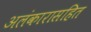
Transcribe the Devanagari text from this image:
अलंकारासहित